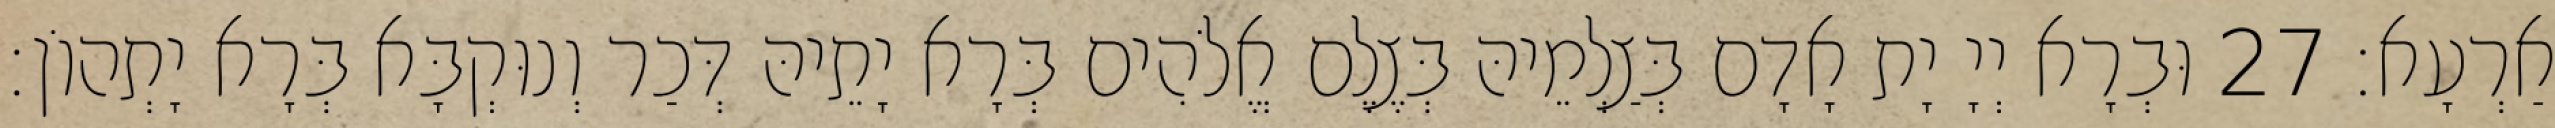
אַרְעָא׃ 27 וּבְרָא יְיָ יָת אָדָם בְּצַלְמֵיהּ בְּצֶלֶם אֱלֹהִים בְּרָא יָתֵיהּ דְּכַר וְנוּקְבָּא בְּרָא יָתְהוֹן׃